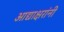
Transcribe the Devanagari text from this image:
आद्याक्षरांनी